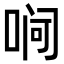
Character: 𪡛